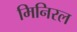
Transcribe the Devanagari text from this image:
मिनिरल